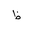
Letter: _za